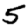
Digit: 5